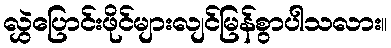
လွှဲပြောင်းဖိုင်များလျင်မြန်စွာပါသလား။